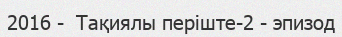
2016 -  Тақиялы періште-2 - эпизод